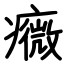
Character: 癓